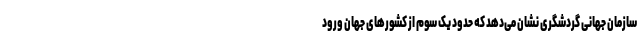
سازمان جهانی گردشگری نشان می‌دهد که حدود یک سوم از کشورهای جهان ورود